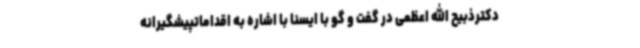
دکترذبیح الله اعظمی در گفت و گو با ایسنا با اشاره به اقداماتپیشگیرانه